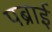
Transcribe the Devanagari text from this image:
पब्राई